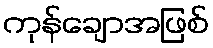
ကုန်ချောအဖြစ်